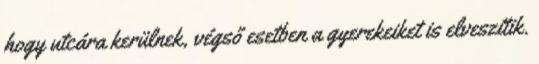
hogy utcára kerülnek, végső esetben a gyerekeiket is elveszítik.